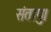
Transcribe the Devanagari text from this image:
संतापु।